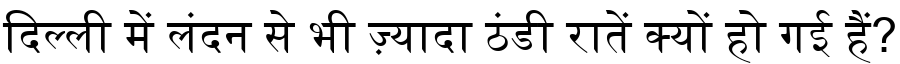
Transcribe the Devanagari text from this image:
दिल्ली में लंदन से भी ज़्यादा ठंडी रातें क्यों हो गई हैं?